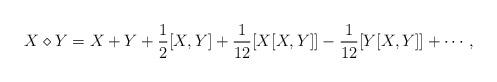
LaTeX: \begin{align*} X\diamond Y=X+Y+\frac{1}{2}[X,Y]+\frac{1}{12}[X[X,Y]]-\frac{1}{12}[Y[X,Y]]+\cdots,\end{align*}